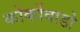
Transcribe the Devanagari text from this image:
कोर्कोवाडो